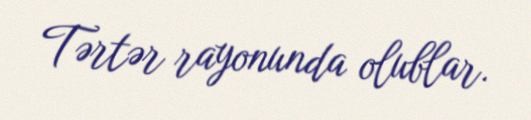
Tərtər rayonunda olublar.